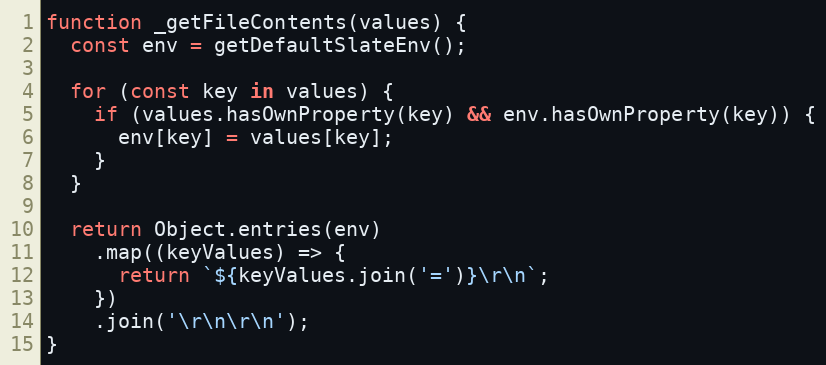
Language: JavaScript
function _getFileContents(values) {
  const env = getDefaultSlateEnv();

  for (const key in values) {
    if (values.hasOwnProperty(key) && env.hasOwnProperty(key)) {
      env[key] = values[key];
    }
  }

  return Object.entries(env)
    .map((keyValues) => {
      return `${keyValues.join('=')}\r\n`;
    })
    .join('\r\n\r\n');
}